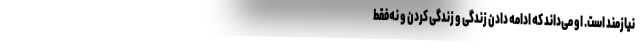
نیازمند است. او می‌داند که ادامه دادن زندگی و زندگی کردن و نه‌فقط